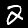
Label: 2